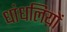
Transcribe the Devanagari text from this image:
धांधलियों